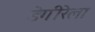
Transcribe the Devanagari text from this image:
डेगीरेला